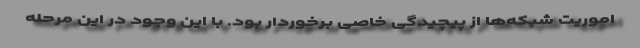
اموریت شبکه‌ها از پیچیدگی خاصی برخوردار بود. با این وجود در این مرحله